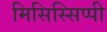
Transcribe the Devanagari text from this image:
मिसिस्सिप्पी